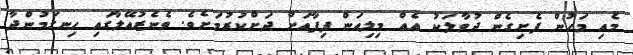
މެއި މަހުން ފެށިގެން ދުވާލަކު އެއް މިލިއަން ފިފާއަށް ދަށްކުރުމަށެވެ. ވެނެޒުއޭލާގައި ހިނގަމުންދާ